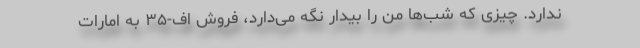
ندارد. چیزی که شب‌ها من را بیدار نگه می‌دارد، فروش اف-۳۵ به امارات